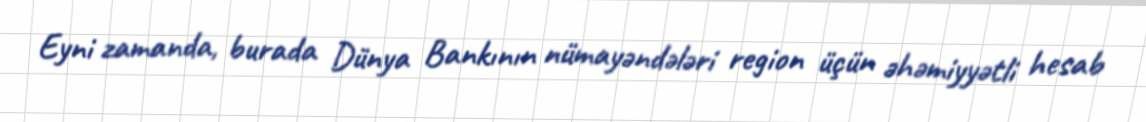
Eyni zamanda, burada Dünya Bankının nümayəndələri region üçün əhəmiyyətli hesab